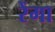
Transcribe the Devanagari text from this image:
रेंगा